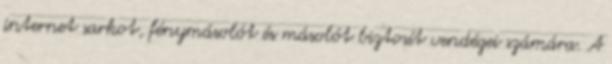
internet sarkot, fénymásolót és másolót biztosít vendégei számára. A